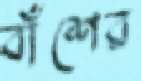
বাঁশের